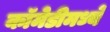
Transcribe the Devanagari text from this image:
कॉमेडीमध्ये